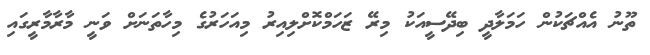
ތޫނު އެއްޗަކުން ހަމަލާދީ ބިދޭސީއަކު މިރޭ ޒަހަމްކޮށްލިއިރު މިއަހަރުގެ މިހާތަނަށް ވަނީ މާރާމާރީގައި